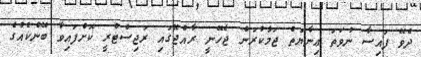
ދެވޭ ފައިސާ ނުވަތަ ޢިނާޔަތް ޖަމާކުރަން ޖެހޭނީ ރާއްޖޭގައި ރަޖިސްޓްރީ ކޮށްފައިވާ ބޭންކެއްގެ